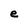
Character: e